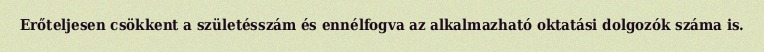
Erőteljesen csökkent a születésszám és ennélfogva az alkalmazható oktatási dolgozók száma is.